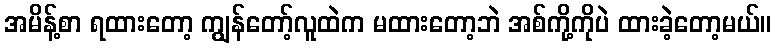
အမိန့်စာ ရထားတော့ ကျွန်တော့်လူထဲက မထားတော့ဘဲ အစ်ကို့ကိုပဲ ထားခဲ့တော့မယ်။